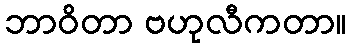
ဘာဝိတာ ဗဟုလီကတာ။